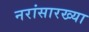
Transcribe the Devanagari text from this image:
नरांसारख्या